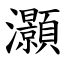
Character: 灝